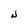
Character: N